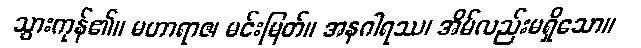
သွားကုန်၏။ မဟာရာဇ၊ မင်းမြတ်။ အနဂါရဿ၊ အိမ်လည်းမရှိသော။